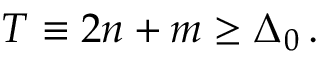
T \equiv 2 n + m \geq \Delta _ { 0 } \, .